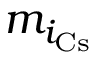
m _ { i _ { \mathrm { C s } } }